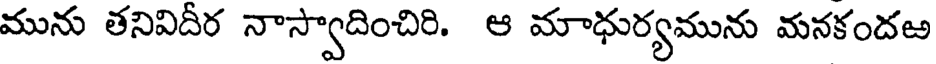
మును తనివిదీర నాస్వాదించిరి. ఆ మాధుర్యమును మనకందఱ